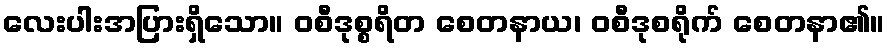
လေးပါးအပြားရှိသော။ ဝစီဒုစ္စရိတ စေတနာယ၊ ဝစီဒုစရိုက် စေတနာ၏။